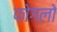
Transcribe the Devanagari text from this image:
फोगलो